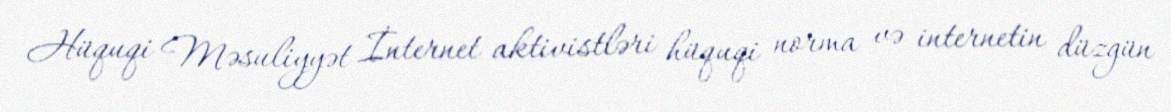
Hüquqi Məsuliyyət İnternet aktivistləri hüquqi norma və internetin düzgün